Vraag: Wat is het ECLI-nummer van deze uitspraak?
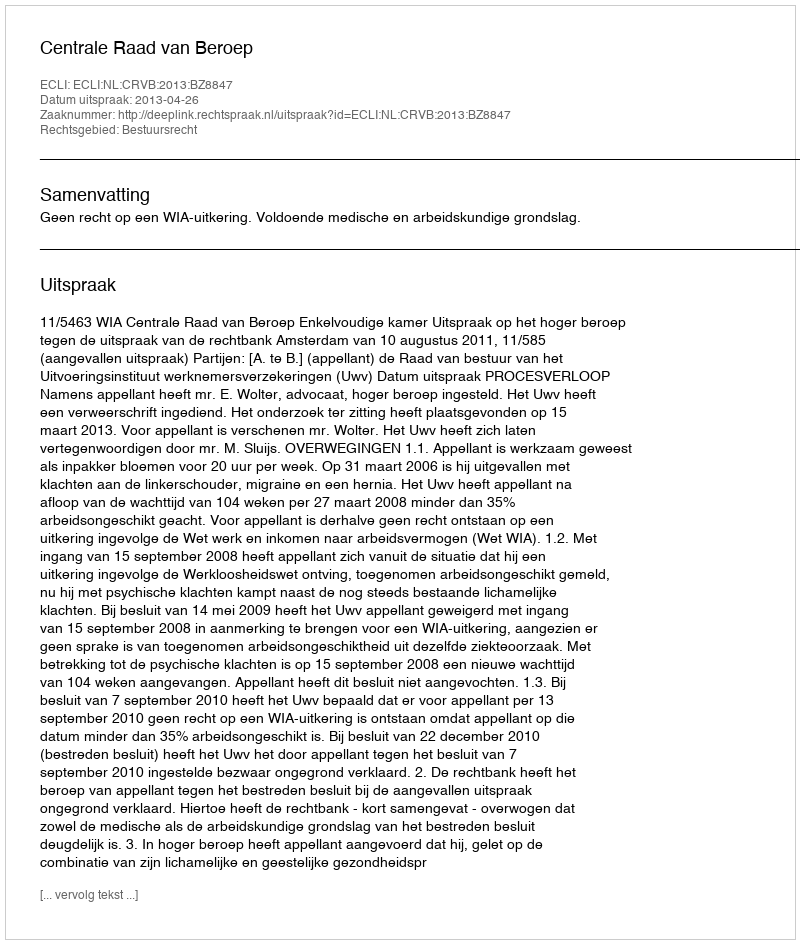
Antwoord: ECLI:NL:CRVB:2013:BZ8847